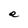
Character: e